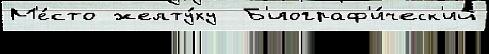
М'е́сто желту́ху  Б'иограф'и́ческ'ий